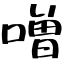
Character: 噌